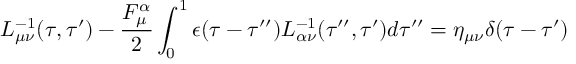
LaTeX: L _ { \mu \nu } ^ { - 1 } ( \tau , \tau ^ { \prime } ) - \frac { { \cal F } _ { \mu } ^ { \alpha } } { 2 } \int _ { 0 } ^ { 1 } \epsilon ( \tau - \tau ^ { \prime \prime } ) L _ { \alpha \nu } ^ { - 1 } ( \tau ^ { \prime \prime } , \tau ^ { \prime } ) d \tau ^ { \prime \prime } = \eta _ { \mu \nu } \delta ( \tau - \tau ^ { \prime } )